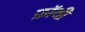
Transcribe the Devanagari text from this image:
फ्रॉथी